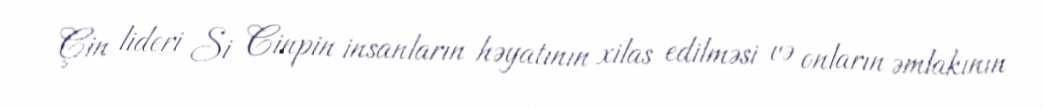
Çin lideri Si Cinpin insanların həyatının xilas edilməsi və onların əmlakının